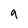
Character: 9